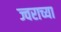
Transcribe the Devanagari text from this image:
ज्वराच्या